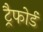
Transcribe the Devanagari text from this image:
ट्रैफोर्ड